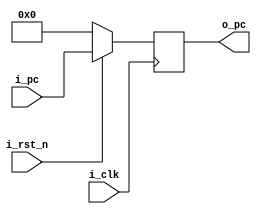
module pc(i_clk, i_rst_n, i_pc, /*i_parwrite,*/ o_pc);

	input               i_clk, i_rst_n; //i_parwrite;
	input       [31:0]  i_pc;
	output  reg [31:0]  o_pc;

	always@(posedge i_clk)
	begin
		if(!i_rst_n) o_pc <= 0;
		else /*if (i_parwrite)*/ o_pc <= i_pc;
		//else o_pc <= o_pc + 1;
	end
	
   
endmodule